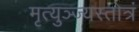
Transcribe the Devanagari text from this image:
मृत्युञ्ज्यस्तोत्रं